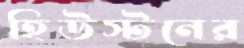
হিউস্টনের